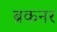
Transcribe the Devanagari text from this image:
ब्रकनर